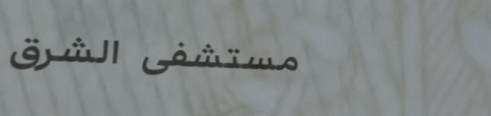
مستشفى الشرق